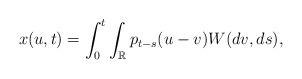
LaTeX: \begin{align*}x(u,t)=\int^t_0\int_{{\mathbb R}} p_{t-s}(u-v)W(dv, ds),\end{align*}